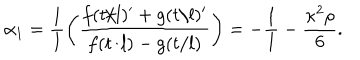
\alpha _ { 1 } = \frac { 1 } { l } \left( \frac { f ( t / l ) ^ { \prime } + g ( t / l ) ^ { \prime } } { f ( t / l ) - g ( t / l ) } \right) = - \frac { 1 } { l } - \frac { \kappa ^ { 2 } \rho } { 6 } .